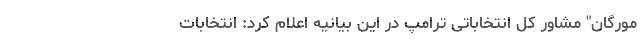
مورگان" مشاور کل انتخاباتی ترامپ در این بیانیه اعلام کرد: انتخابات